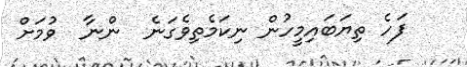
ފަހެ ތިޔަބައިމީހުން ނިކަމެތިވެގަނެ  ންނާ  ވުމަށް